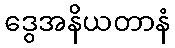
ဒွေအနိယတာနံ